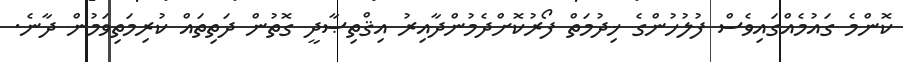
ކޮންމެ ގައުމެއްގައިވެސް ފުލުހުންގެ ޚިދުމަތް ފޯރުކޮށްދެމުންދާއިރު އިޤްތިޞާދީ ގޮތުން ދަތިތައް ކުރިމަތިވަމުން ދާނެ.